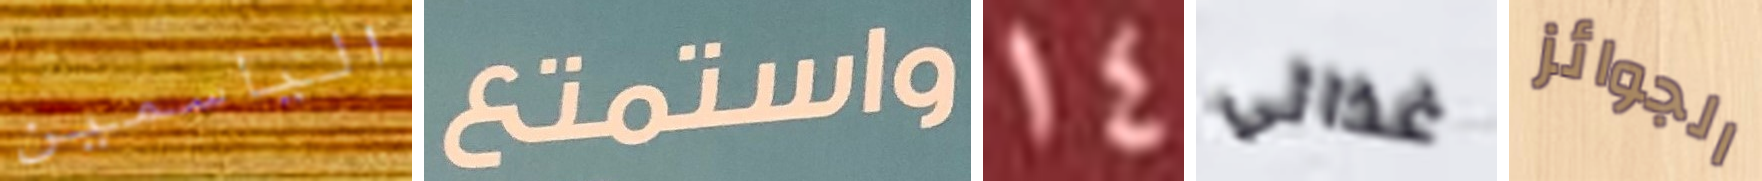
الياسمين واستمتع 14 غذائي الجوائز